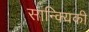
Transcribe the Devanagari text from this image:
सान्क्यिकी